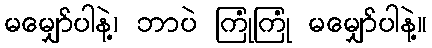
မမျှော်ပါနဲ့၊ ဘာပဲ ကြုံကြုံ မမျှော်ပါနဲ့။